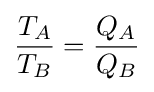
{\frac {T_{A}}{T_{B}}}={\frac {Q_{A}}{Q_{B}}}